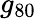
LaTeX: g_{80}